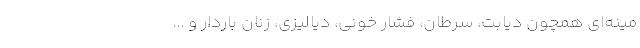
مینه‌ای همچون دیابت، سرطان، فشار خونی، دیالیزی، زنان باردار و ...